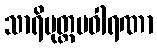
သာရိပုတ္တပဝါရဏာ